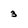
Character: 3